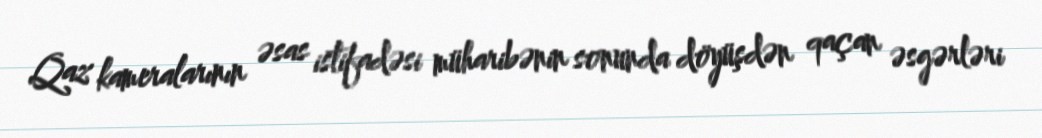
Qaz kameralarının əsas istifadəsi müharibənin sonunda döyüşdən qaçan əsgərləri